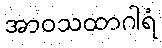
အာဝသထာဂါရံ